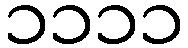
၁၁၁၁